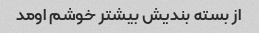
از بسته بندیش بیشتر خوشم اومد